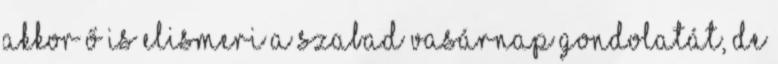
akkor ő is elismeri a szabad vasárnap gondolatát, de